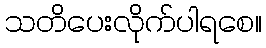
သတိပေးလိုက်ပါရစေ။